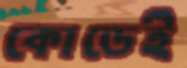
কোডেই